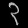
Digit: ၃